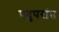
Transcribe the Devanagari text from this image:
पदुपरांत